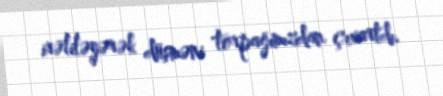
irəliləyərək düşməni torpağımızdan çıxartdı.